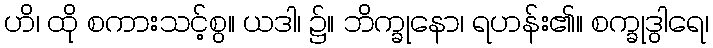
ဟိ၊ ထို စကားသင့်စွ။ ယဒါ၊ ၌။ ဘိက္ခုနော၊ ရဟန်း၏။ စက္ခုဒွါရေ၊